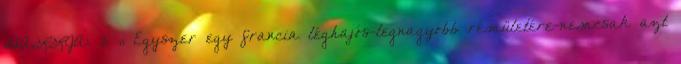
HALLJA: 3 „ Egyszer egy francia léghajós-legnagyobb rémületére-nemcsak azt